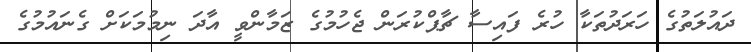
ދައުލަތުގެ ހަރަދުތަކާ ހުރެ ފައިސާ ޗާޕްކުރަން ޖެހުމުގެ ޒަމާންވީ އާދަ ނިމުމަކަށް ގެނައުމުގެ